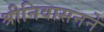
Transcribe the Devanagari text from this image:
श्रीनिवासनने